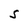
Character: S